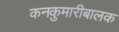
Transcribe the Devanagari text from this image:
कनकुमारीबालक